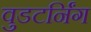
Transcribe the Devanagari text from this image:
वुडटर्निंग